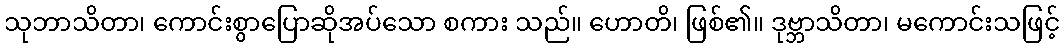
သုဘာသိတာ၊ ကောင်းစွာပြောဆိုအပ်သော စကား သည်။ ဟောတိ၊ ဖြစ်၏။ ဒုဗ္ဘာသိတာ၊ မကောင်းသဖြင့်